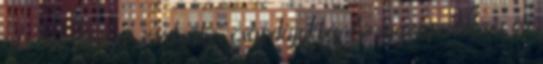
aki bele­esett a „szakrális” csap­dájukba. Az igazi probléma ott